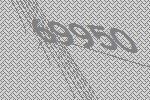
69950